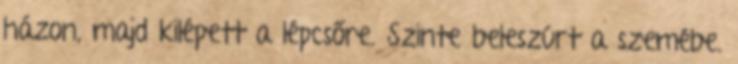
házon, majd kilépett a lépcsőre. Szinte beleszúrt a szemébe.